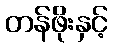
တန်ဖိုးနှင့်